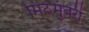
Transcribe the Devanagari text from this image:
मिठमुंबरी